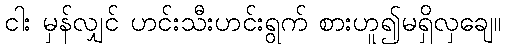
ငါး မှန်လျှင် ဟင်းသီးဟင်းရွက် စားဟူ၍မရှိလှချေ။